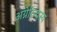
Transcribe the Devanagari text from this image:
अग्नेरिन्द्रस्य